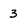
Character: 3